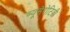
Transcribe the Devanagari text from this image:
ब्यूसेरोटिडी